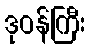
ဒုဝန်ကြီး